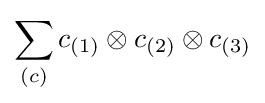
\sum _{(c)}c_{(1)}\otimes c_{(2)}\otimes c_{(3)}